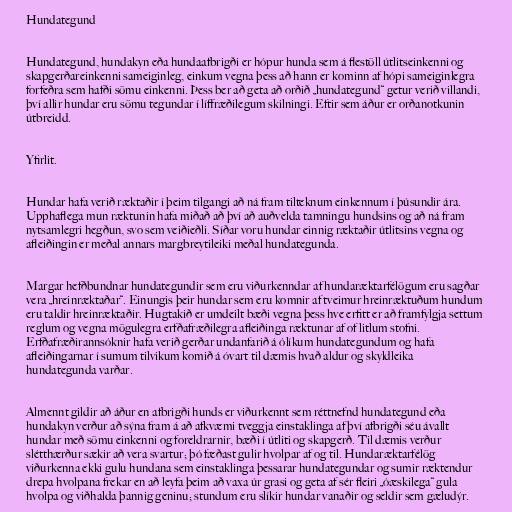
Hundategund

Hundategund, hundakyn eða hundaafbrigði er hópur hunda sem á flestöll útlitseinkenni og
skapgerðareinkenni sameiginleg, einkum vegna þess að hann er kominn af hópi sameiginlegra
forfeðra sem hafði sömu einkenni. Þess ber að geta að orðið „hundategund“ getur verið villandi,
því allir hundar eru sömu tegundar í líffræðilegum skilningi. Eftir sem áður er orðanotkunin
útbreidd.

Yfirlit.

Hundar hafa verið ræktaðir í þeim tilgangi að ná fram tilteknum einkennum í þúsundir ára.
Upphaflega mun ræktunin hafa miðað að því að auðvelda tamningu hundsins og að ná fram
nytsamlegri hegðun, svo sem veiðieðli. Síðar voru hundar einnig ræktaðir útlitsins vegna og
afleiðingin er meðal annars margbreytileiki meðal hundategunda.

Margar hefðbundnar hundategundir sem eru viðurkenndar af hundaræktarfélögum eru sagðar
vera „hreinræktaðar“. Einungis þeir hundar sem eru komnir af tveimur hreinræktuðum hundum
eru taldir hreinræktaðir. Hugtakið er umdeilt bæði vegna þess hve erfitt er að framfylgja settum
reglum og vegna mögulegra erfðafræðilegra afleiðinga ræktunar af of litlum stofni.
Erfðafræðirannsóknir hafa verið gerðar undanfarið á ólíkum hundategundum og hafa
afleiðingarnar í sumum tilvikum komið á óvart til dæmis hvað aldur og skyldleika
hundategunda varðar.

Almennt gildir að áður en afbrigði hunds er viðurkennt sem réttnefnd hundategund eða
hundakyn verður að sýna fram á að afkvæmi tveggja einstaklinga af því afbrigði séu ávallt
hundar með sömu einkenni og foreldrarnir, bæði í útliti og skapgerð. Til dæmis verður
slétthærður sækir að vera svartur; þó fæðast gulir hvolpar af og til. Hundaræktarfélög
viðurkenna ekki gulu hundana sem einstaklinga þessarar hundategundar og sumir ræktendur
drepa hvolpana frekar en að leyfa þeim að vaxa úr grasi og geta af sér fleiri „óæskilega“ gula
hvolpa og viðhalda þannig geninu; stundum eru slíkir hundar vanaðir og seldir sem gæludýr.